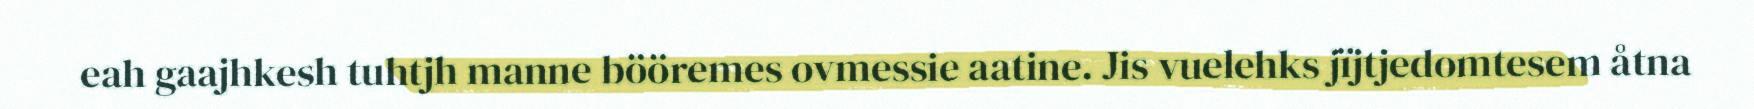
eah gaajhkesh tuhtjh manne bööremes ovmessie aatine. Jis vuelehks jïjtjedomtesem åtna